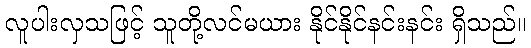
လူပါးလှသဖြင့် သူတို့လင်မယား နိုင်နိုင်နင်းနင်း ရှိသည်။